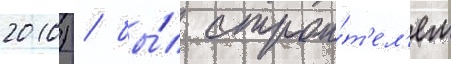
2010) / бы́л строи́т'ел'ем